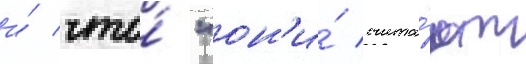
и́ что́ "он'и́ счита́ют